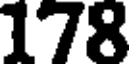
178